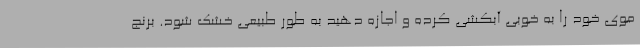
موی خود را به خوبی آبکشی کرده و اجازه دهید به طور طبیعی خشک شود. برنج